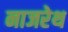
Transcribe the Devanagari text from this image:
नाजरेथ